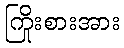
ကြိုးစားအား